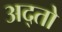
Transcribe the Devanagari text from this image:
अद्तो